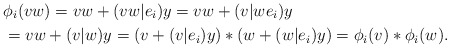
\begin{align*} &\phi_i(vw)=vw+(vw|e_i)y=vw+(v|we_i)y \\&=vw+(v|w)y=(v+(v|e_i)y)*(w+(w|e_i)y)=\phi_i(v)*\phi_i(w).\end{align*}